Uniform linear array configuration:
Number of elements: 24
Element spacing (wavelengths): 0.25
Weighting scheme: kaiser
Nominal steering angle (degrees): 15
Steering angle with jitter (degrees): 15.092
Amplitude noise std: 0.05
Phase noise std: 0.05

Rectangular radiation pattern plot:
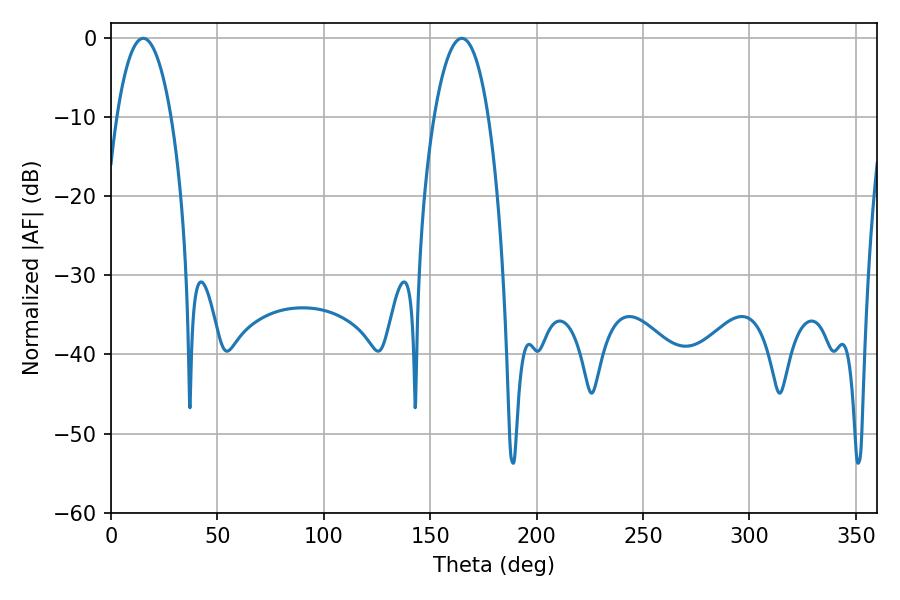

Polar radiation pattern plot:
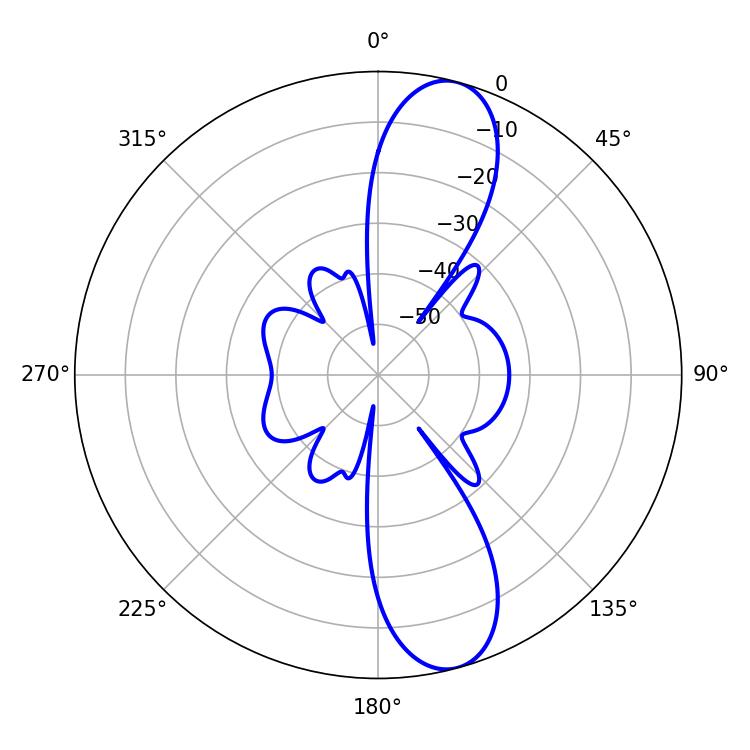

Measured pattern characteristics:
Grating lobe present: FALSE
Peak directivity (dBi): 11.584
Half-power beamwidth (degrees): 14.22
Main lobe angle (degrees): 15.12